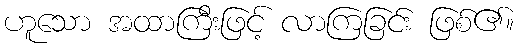
ဟူသော အထာကြီးဖြင့် လာကြခြင်း ဖြစ်၏။